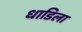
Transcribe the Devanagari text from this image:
धाडिला